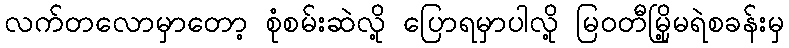
လက်တလောမှာတော့ စုံစမ်းဆဲလို့ ပြောရမှာပါလို့ မြဝတီမြို့မရဲစခန်းမှ